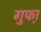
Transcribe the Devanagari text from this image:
गुफा़